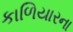
કાળિયારના